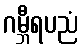
ဂမ္ဘီရပညံ